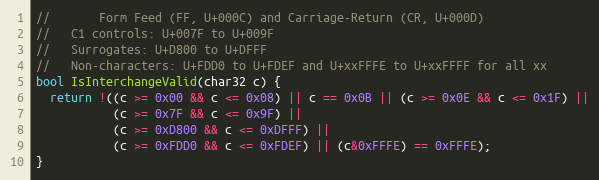
Language: C++
//       Form Feed (FF, U+000C) and Carriage-Return (CR, U+000D)
//   C1 controls: U+007F to U+009F
//   Surrogates: U+D800 to U+DFFF
//   Non-characters: U+FDD0 to U+FDEF and U+xxFFFE to U+xxFFFF for all xx
bool IsInterchangeValid(char32 c) {
  return !((c >= 0x00 && c <= 0x08) || c == 0x0B || (c >= 0x0E && c <= 0x1F) ||
           (c >= 0x7F && c <= 0x9F) ||
           (c >= 0xD800 && c <= 0xDFFF) ||
           (c >= 0xFDD0 && c <= 0xFDEF) || (c&0xFFFE) == 0xFFFE);
}